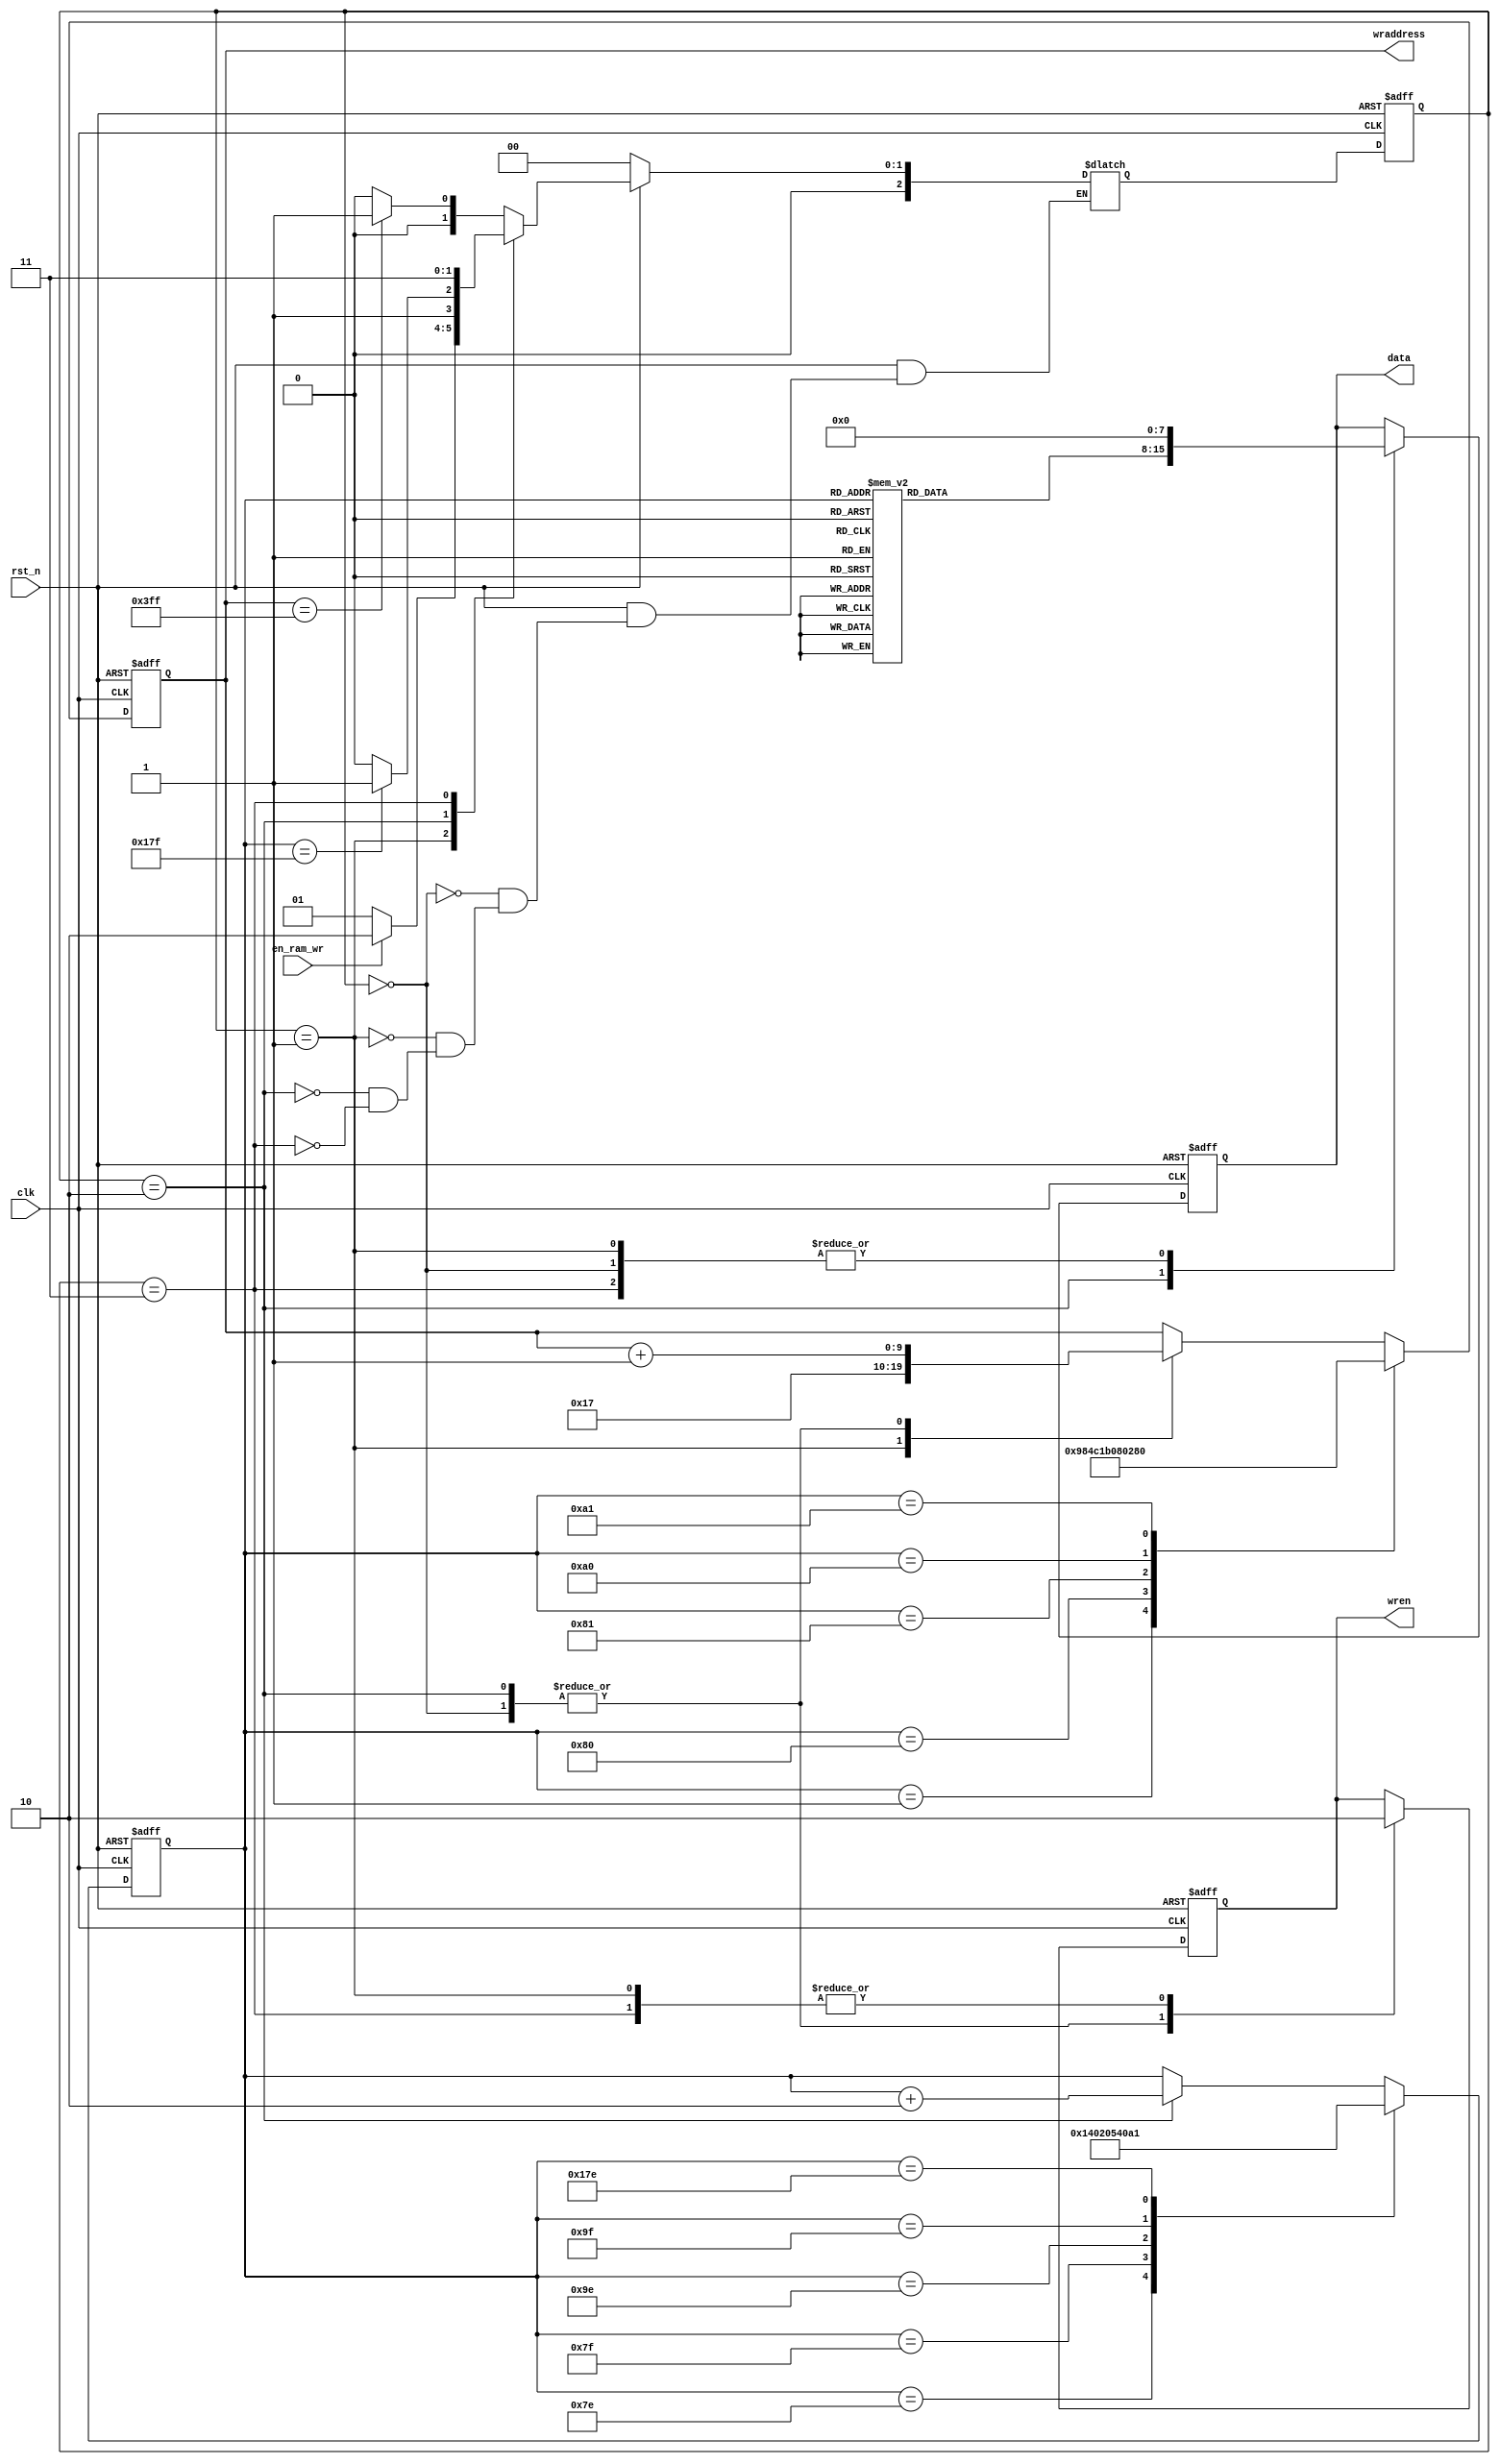
/***************************************
ram
0~1277
128~2556
256~3835
384~5114
512~6393
640~7672
768~8951
896~10230
****************************************/
module ram_write(
	input clk,							//
	input rst_n,						//
	input en_ram_wr,					//
	output reg wren,					//ram
	output reg [9:0] wraddress,	//ram
	output reg [7:0] data			//ram
);

//
//  
parameter ClearRAM=0,WaitInit=1,WriteData=2,Done=3;
reg[2:0] state,next_state;
reg [7:0] zm[383:0];//ram
reg [8:0] cnt_zm;//

// 16
initial begin
	zm[0]=8'h07;zm[1]=8'hF0;zm[2]=8'h08;zm[3]=8'h08;
	zm[4]=8'h10;zm[5]=8'h04;zm[6]=8'h10;zm[7]=8'h04;
	zm[8]=8'h10;zm[9]=8'h04;zm[10]=8'h08;zm[11]=8'h08;
	zm[12]=8'h07;zm[13]=8'hF0;zm[14]=8'h00;zm[15]=8'h00;//"O",0
	
	zm[16]=8'h10;zm[17]=8'h04;zm[18]=8'h1F;zm[19]=8'hFC;
	zm[20]=8'h10;zm[21]=8'h04;zm[22]=8'h00;zm[23]=8'h04;
	zm[24]=8'h00;zm[25]=8'h04;zm[26]=8'h00;zm[27]=8'h04;
	zm[28]=8'h00;zm[29]=8'h0C;zm[30]=8'h00;zm[31]=8'h00;//"L",1
	
	zm[32]=8'h10;zm[33]=8'h04;zm[34]=8'h1F;zm[35]=8'hFC;
	zm[36]=8'h11;zm[37]=8'h04;zm[38]=8'h11;zm[39]=8'h04;
	zm[40]=8'h17;zm[41]=8'hC4;zm[42]=8'h10;zm[43]=8'h04;
	zm[44]=8'h08;zm[45]=8'h18;zm[46]=8'h00;zm[47]=8'h00;//"E",2
	
	zm[48]=8'h10;zm[49]=8'h04;zm[50]=8'h1F;zm[51]=8'hFC;
	zm[52]=8'h10;zm[53]=8'h04;zm[54]=8'h10;zm[55]=8'h04;
	zm[56]=8'h10;zm[57]=8'h04;zm[58]=8'h08;zm[59]=8'h08;
	zm[60]=8'h07;zm[61]=8'hF0;zm[62]=8'h00;zm[63]=8'h00;//"D",3
	
	zm[64]=8'h00;zm[65]=8'h02;zm[66]=8'h00;zm[67]=8'h42;
	zm[68]=8'h00;zm[69]=8'h22;zm[70]=8'h7F;zm[71]=8'h1A;
	zm[72]=8'h49;zm[73]=8'h02;zm[74]=8'h49;zm[75]=8'hFE;
	zm[76]=8'h49;zm[77]=8'h02;zm[78]=8'h49;zm[79]=8'h02;
	zm[80]=8'h49;zm[81]=8'h02;zm[82]=8'h49;zm[83]=8'hFE;
	zm[84]=8'h49;zm[85]=8'h02;zm[86]=8'h7F;zm[87]=8'h0A;
	zm[88]=8'h00;zm[89]=8'h12;zm[90]=8'h00;zm[91]=8'h62;
	zm[92]=8'h00;zm[93]=8'h02;zm[94]=8'h00;zm[95]=8'h00;//"",4
	
	zm[96]=8'h02;zm[97]=8'h04;zm[98]=8'h02;zm[99]=8'h08;
	zm[100]=8'h42;zm[101]=8'h10;zm[102]=8'h42;zm[103]=8'h60;
	zm[104]=8'h42;zm[105]=8'h00;zm[106]=8'h42;zm[107]=8'h02;
	zm[108]=8'h42;zm[109]=8'h01;zm[110]=8'h43;zm[111]=8'hFE;
	zm[112]=8'h42;zm[113]=8'h00;zm[114]=8'h42;zm[115]=8'h00;
	zm[116]=8'h42;zm[117]=8'h00;zm[118]=8'h42;zm[119]=8'h40;
	zm[120]=8'h42;zm[121]=8'h20;zm[122]=8'h02;zm[123]=8'h10;
	zm[124]=8'h02;zm[125]=8'h0C;zm[126]=8'h00;zm[127]=8'h00;//"",5
	
	zm[128]=8'h10;zm[129]=8'h04;zm[130]=8'h1F;zm[131]=8'hFC;
	zm[132]=8'h11;zm[133]=8'h04;zm[134]=8'h11;zm[135]=8'h04;
	zm[136]=8'h11;zm[137]=8'h04;zm[138]=8'h0E;zm[139]=8'h88;
	zm[140]=8'h00;zm[141]=8'h70;zm[142]=8'h00;zm[143]=8'h00;//"B",6
	
	zm[144]=8'h01;zm[145]=8'h00;zm[146]=8'h01;zm[147]=8'h81;
	zm[148]=8'h01;zm[149]=8'h61;zm[150]=8'h00;zm[151]=8'h1E;
	zm[152]=8'h00;zm[153]=8'h18;zm[154]=8'h01;zm[155]=8'h60;
	zm[156]=8'h01;zm[157]=8'h80;zm[158]=8'h01;zm[159]=8'h00;//"y",7
	
	zm[160]=8'h20;zm[161]=8'h80;zm[162]=8'h28;zm[163]=8'h91;
	zm[164]=8'h35;zm[165]=8'h11;zm[166]=8'hE2;zm[167]=8'h12;
	zm[168]=8'h25;zm[169]=8'h14;zm[170]=8'h28;zm[171]=8'h98;
	zm[172]=8'h30;zm[173]=8'h70;zm[174]=8'h00;zm[175]=8'h90;
	zm[176]=8'h38;zm[177]=8'h90;zm[178]=8'h25;zm[179]=8'h12;
	zm[180]=8'h22;zm[181]=8'h11;zm[182]=8'h25;zm[183]=8'h12;
	zm[184]=8'h29;zm[185]=8'h1C;zm[186]=8'h30;zm[187]=8'h80;
	zm[188]=8'h00;zm[189]=8'h80;zm[190]=8'h00;zm[191]=8'h00;//"",8
	
	zm[192]=8'h00;zm[193]=8'h00;zm[194]=8'h08;zm[195]=8'h01;
	zm[196]=8'h08;zm[197]=8'h02;zm[198]=8'h08;zm[199]=8'h04;
	zm[200]=8'h08;zm[201]=8'h18;zm[202]=8'h08;zm[203]=8'h60;
	zm[204]=8'hFF;zm[205]=8'h80;zm[206]=8'h08;zm[207]=8'h00;
	zm[208]=8'h08;zm[209]=8'h04;zm[210]=8'h08;zm[211]=8'h02;
	zm[212]=8'h08;zm[213]=8'h01;zm[214]=8'h08;zm[215]=8'h02;
	zm[216]=8'h0F;zm[217]=8'hFC;zm[218]=8'h00;zm[219]=8'h00;
	zm[220]=8'h00;zm[221]=8'h00;zm[222]=8'h00;zm[223]=8'h00;//"",9
	
	zm[224]=8'h00;zm[225]=8'h00;zm[226]=8'h1F;zm[227]=8'hFF;
	zm[228]=8'h10;zm[229]=8'h00;zm[230]=8'h10;zm[231]=8'h00;
	zm[232]=8'h30;zm[233]=8'h00;zm[234]=8'h53;zm[235]=8'hF8;
	zm[236]=8'h92;zm[237]=8'h10;zm[238]=8'h12;zm[239]=8'h10;
	zm[240]=8'h12;zm[241]=8'h10;zm[242]=8'h13;zm[243]=8'hF8;
	zm[244]=8'h10;zm[245]=8'h00;zm[246]=8'h10;zm[247]=8'h02;
	zm[248]=8'h10;zm[249]=8'h01;zm[250]=8'h1F;zm[251]=8'hFE;
	zm[252]=8'h00;zm[253]=8'h00;zm[254]=8'h00;zm[255]=8'h00;//"",10
	
	zm[256]=8'h10;zm[257]=8'h00;zm[258]=8'h10;zm[259]=8'h00;
	zm[260]=8'h17;zm[261]=8'hFF;zm[262]=8'h94;zm[263]=8'h90;
	zm[264]=8'h74;zm[265]=8'h92;zm[266]=8'h14;zm[267]=8'h91;
	zm[268]=8'h17;zm[269]=8'hFE;zm[270]=8'h10;zm[271]=8'h00;
	zm[272]=8'h10;zm[273]=8'h00;zm[274]=8'h13;zm[275]=8'hF0;
	zm[276]=8'h30;zm[277]=8'h02;zm[278]=8'hD0;zm[279]=8'h01;
	zm[280]=8'h17;zm[281]=8'hFE;zm[282]=8'h10;zm[283]=8'h00;
	zm[284]=8'h10;zm[285]=8'h00;zm[286]=8'h00;zm[287]=8'h00;//"",11
	
	zm[288]=8'h00;zm[289]=8'h00;zm[290]=8'h1F;zm[291]=8'hFE;
	zm[292]=8'h30;zm[293]=8'h84;zm[294]=8'hD0;zm[295]=8'h84;
	zm[296]=8'h10;zm[297]=8'h84;zm[298]=8'h10;zm[299]=8'h84;
	zm[300]=8'h1F;zm[301]=8'hFE;zm[302]=8'h02;zm[303]=8'h00;
	zm[304]=8'h0C;zm[305]=8'h00;zm[306]=8'hF1;zm[307]=8'h00;
	zm[308]=8'h10;zm[309]=8'hC2;zm[310]=8'h10;zm[311]=8'h01;
	zm[312]=8'h10;zm[313]=8'h02;zm[314]=8'h1F;zm[315]=8'hFC;
	zm[316]=8'h00;zm[317]=8'h00;zm[318]=8'h00;zm[319]=8'h00;//"",12
	
	zm[320]=8'h00;zm[321]=8'h10;zm[322]=8'h00;zm[323]=8'h20;
	zm[324]=8'h00;zm[325]=8'hC0;zm[326]=8'h07;zm[327]=8'h00;
	zm[328]=8'h00;zm[329]=8'h00;zm[330]=8'h00;zm[331]=8'h02;
	zm[332]=8'h00;zm[333]=8'h01;zm[334]=8'hFF;zm[335]=8'hFE;
	zm[336]=8'h00;zm[337]=8'h00;zm[338]=8'h00;zm[339]=8'h00;
	zm[340]=8'h00;zm[341]=8'h00;zm[342]=8'h04;zm[343]=8'h00;
	zm[344]=8'h02;zm[345]=8'h00;zm[346]=8'h01;zm[347]=8'h80;
	zm[348]=8'h00;zm[349]=8'h70;zm[350]=8'h00;zm[351]=8'h00;//"",13
	
	zm[352]=8'h08;zm[353]=8'h80;zm[354]=8'h11;zm[355]=8'h00;
	zm[356]=8'h23;zm[357]=8'hFF;zm[358]=8'hCC;zm[359]=8'h00;
	zm[360]=8'h00;zm[361]=8'h04;zm[362]=8'h04;zm[363]=8'h88;
	zm[364]=8'h08;zm[365]=8'hB0;zm[366]=8'h14;zm[367]=8'h82;
	zm[368]=8'h24;zm[369]=8'h81;zm[370]=8'hC7;zm[371]=8'hFE;
	zm[372]=8'h24;zm[373]=8'h80;zm[374]=8'h14;zm[375]=8'hA0;
	zm[376]=8'h08;zm[377]=8'h90;zm[378]=8'h04;zm[379]=8'h8C;
	zm[380]=8'h04;zm[381]=8'h00;zm[382]=8'h00;zm[383]=8'h00;//"",14

end

//
always @(*) begin
	if(!rst_n)
		next_state = ClearRAM;
	else begin
		case(state)
			ClearRAM: next_state = (wraddress == 10'd1023) ? WaitInit : ClearRAM;
			//
			WaitInit: next_state = en_ram_wr ? WriteData : WaitInit;
			//
			WriteData: next_state = (cnt_zm==9'd383) ? Done : WriteData;
			//
			Done: next_state = Done;
		endcase
	end
end

//
always @(posedge clk,negedge rst_n) begin
	if(!rst_n) begin
		wren <= 1'b0;			//
		data <= 8'd0;			//
	end
	else begin
		case(state)
			ClearRAM:begin
				wren <= 1'b1;			// ram
				data <= 8'd0;			//
			end
			WaitInit:begin
				wren <= 1'b0;	// 
				data <= 8'd0;
			end
			
			WriteData:begin
				wren <= 1'b1;	//
				data <= zm[cnt_zm];//ram
			end
			Done:begin
				wren <= 1'b0;
				data <= 8'd0;
			end	
		endcase
	end

end

//
always @(posedge clk,negedge rst_n) begin
	if(!rst_n) begin
		cnt_zm <= 9'd0;//
		wraddress <= 10'd0;
	end
	else begin
		case(cnt_zm)
			9'd126: cnt_zm <= 9'd1;		//1 2
			9'd127: cnt_zm <= 9'd128;	//2 3
			9'd158: cnt_zm <= 9'd129;	//3 4
			9'd159: cnt_zm <= 9'd160;	//4 5
			9'd382: cnt_zm <= 9'd161;	//5 6
			default:
				if(state == WriteData)	//216
					cnt_zm <= cnt_zm + 2'd2;
				else
					cnt_zm <= cnt_zm;		//
		endcase
		
		//
		case(cnt_zm)
			9'd1: wraddress<=10'd128+24;		//2
			9'd128: wraddress<=10'd256+48;	//3
			9'd129: wraddress<=10'd384+48;	//4
			9'd160: wraddress<=10'd512;		//5
			9'd161: wraddress<=10'd640;		//6
			default:begin
				case(state)
					ClearRAM: wraddress <= wraddress + 1'b1;// RAM
					WaitInit: wraddress <= 10'd0+23;//23
					WriteData: wraddress <= wraddress + 1'b1;
					default: wraddress <= wraddress;		//
				endcase					
			end
		endcase
	end
end

//
always @(posedge clk,negedge rst_n) begin
	if(!rst_n)
		state <= ClearRAM;
	else
		state <= next_state;
end

endmodule